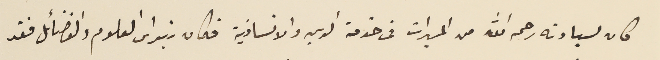
كان لسيادته رحمه الله من المبرات فى خدمة الدين والانسانية فكان نبراس العلوم والفضائل فقد